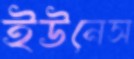
ইউনেস